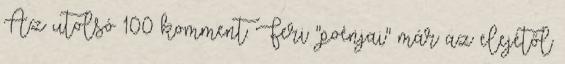
Az utolsó 100 komment: Feri "poénjai" már az elejétől